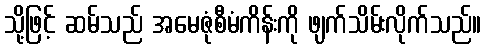
သို့ဖြင့် ဆမ်သည် အမေဇုံစီမံကိန်းကို ဖျက်သိမ်းလိုက်သည်။